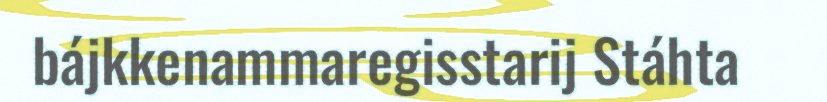
bájkkenammaregisstarij Stáhta